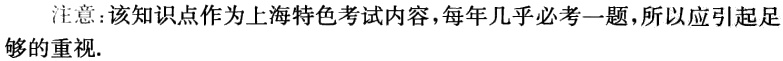
注意：该知识点作为上海特色考试内容，每年几乎必考一题，所以应引起足够的重视.